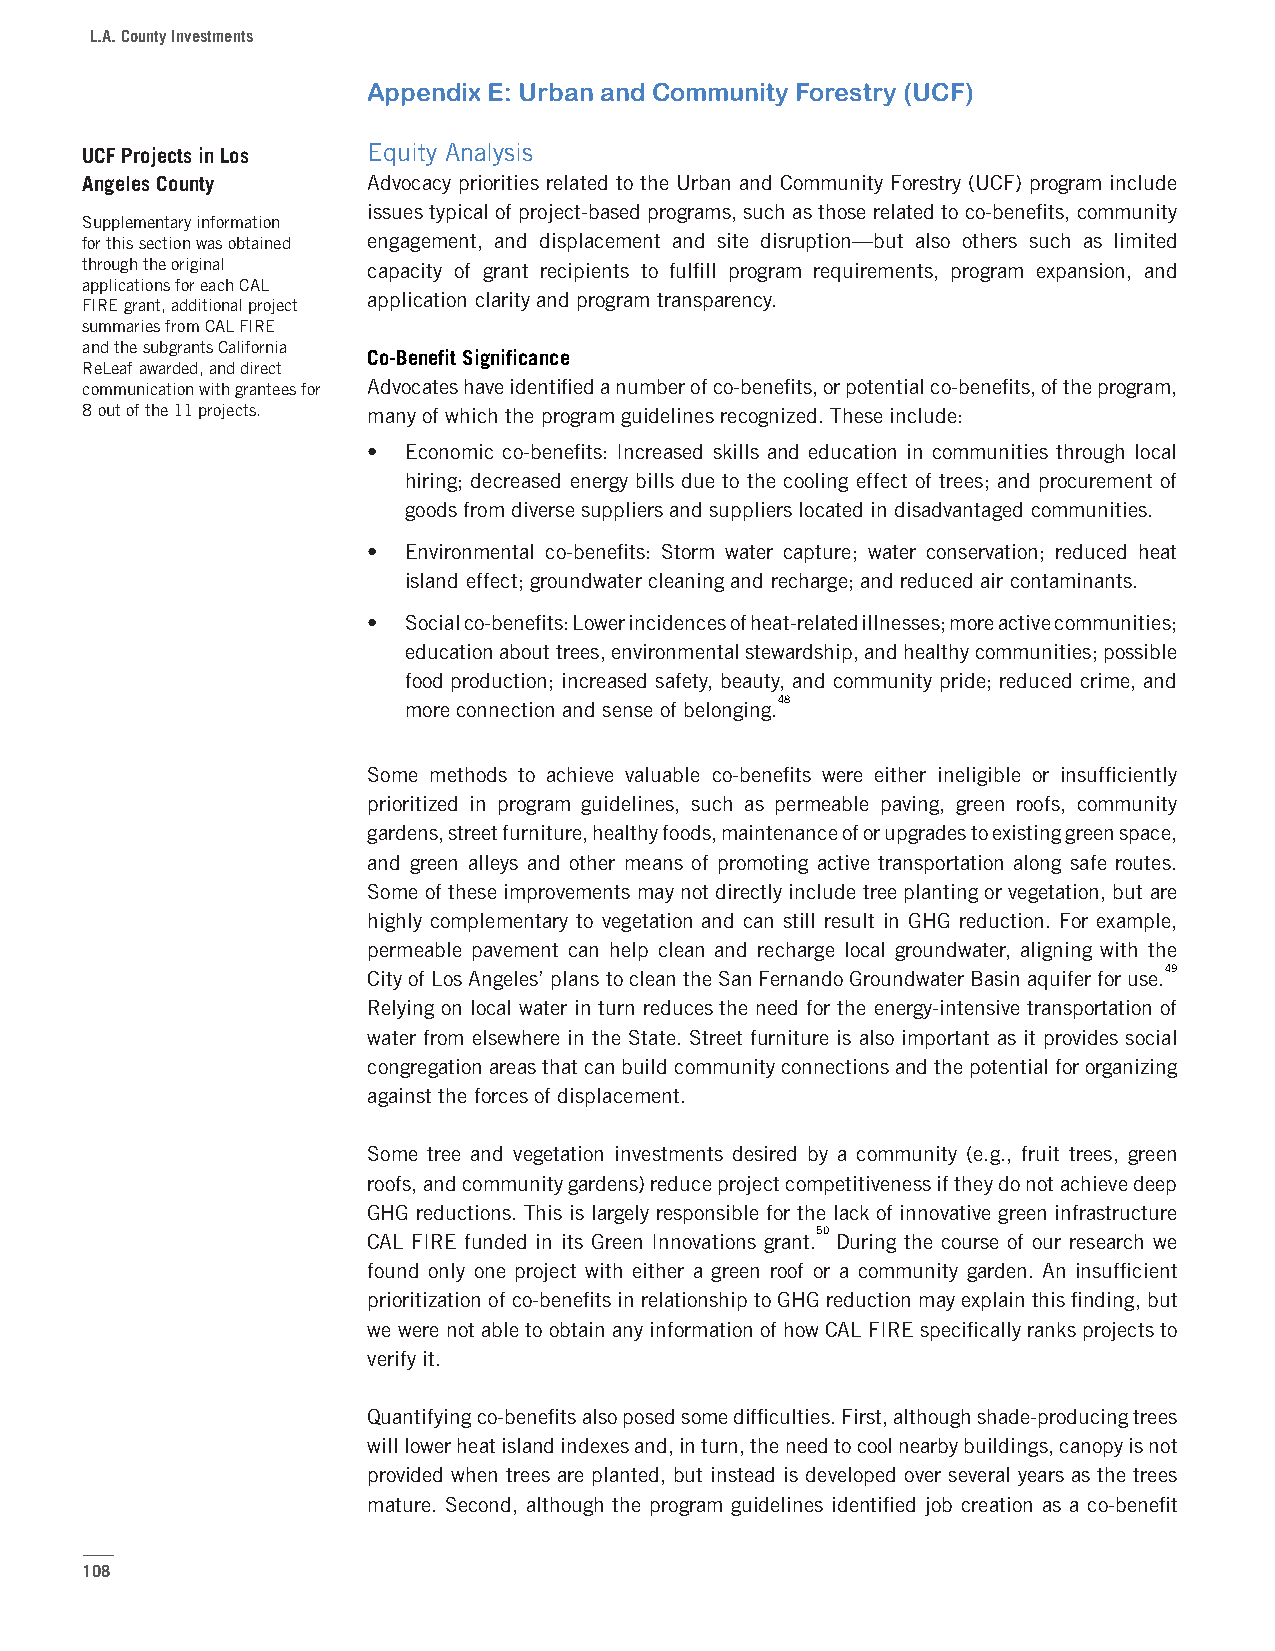
L.A. County Investments
 Appendix E: Urban and Community Forestry (UCF)
 UCF Projects in Los Equity Analysis
 Angeles County     Advocacy priorities related to the Urban and Community Forestry (UCF) program include
 issues typical of project-based programs, such as those related to co-benefits, community
 Supplementary information
 for this section was obtained engagement, and displacement and site disruption—but also others such as limited
 through the original capacity of grant recipients to fulfill program requirements, program expansion, and
 applications for each CAL
 application clarity and program transparency.
 FIRE grant, additional project
 summaries from CAL FIRE
 and the subgrants California
 Co-Benefit Significance
 ReLeaf awarded, and direct
 communication with grantees for Advocates have identified a number of co-benefits, or potential co-benefits, of the program,
 8 out of the 11 projects. many of which the program guidelines recognized. These include:
 •  Economic co-benefits: Increased skills and education in communities through local
 hiring; decreased energy bills due to the cooling effect of trees; and procurement of
 goods from diverse suppliers and suppliers located in disadvantaged communities.
 •  Environmental co-benefits: Storm water capture; water conservation; reduced heat
 island effect; groundwater cleaning and recharge; and reduced air contaminants.
 •  Social co-benefits: Lower incidences of heat-related illnesses; more active communities;
 education about trees, environmental stewardship, and healthy communities; possible
 food production; increased safety, beauty, and community pride; reduced crime, and
 48
 more connection and sense of belonging.
 Some methods to achieve valuable co-benefits were either ineligible or insufficiently
 prioritized in program guidelines, such as permeable paving, green roofs, community
 gardens, street furniture, healthy foods, maintenance of or upgrades to existing green space,
 and green alleys and other means of promoting active transportation along safe routes.
 Some of these improvements may not directly include tree planting or vegetation, but are
 highly complementary to vegetation and can still result in GHG reduction. For example,
 permeable pavement can help clean and recharge local groundwater, aligning with the
 49
 City of Los Angeles’ plans to clean the San Fernando Groundwater Basin aquifer for use.
 Relying on local water in turn reduces the need for the energy-intensive transportation of
 water from elsewhere in the State. Street furniture is also important as it provides social
 congregation areas that can build community connections and the potential for organizing
 against the forces of displacement.
 Some tree and vegetation investments desired by a community (e.g., fruit trees, green
 roofs, and community gardens) reduce project competitiveness if they do not achieve deep
 GHG reductions. This is largely responsible for the lack of innovative green infrastructure
 50
 CAL FIRE funded in its Green Innovations grant. During the course of our research we
 found only one project with either a green roof or a community garden. An insufficient
 prioritization of co-benefits in relationship to GHG reduction may explain this finding, but
 we were not able to obtain any information of how CAL FIRE specifically ranks projects to
 verify it.
 Quantifying co-benefits also posed some difficulties. First, although shade-producing trees
 will lower heat island indexes and, in turn, the need to cool nearby buildings, canopy is not
 provided when trees are planted, but instead is developed over several years as the trees
 mature. Second, although the program guidelines identified job creation as a co-benefit
 108